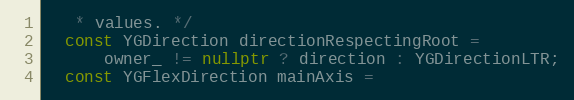
Language: C++
   * values. */
  const YGDirection directionRespectingRoot =
      owner_ != nullptr ? direction : YGDirectionLTR;
  const YGFlexDirection mainAxis =